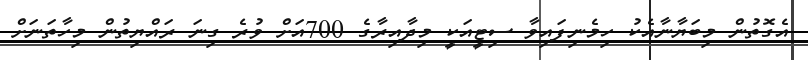
އެގޮތުން މިބަޔާނާއެކު ހިމެނިފައިވާ ސިޓީއަކީ މިދާއިރާގެ 700އަށް ވުރެ ގިނަ ރައްޔިތުން މިހާތަނަށް